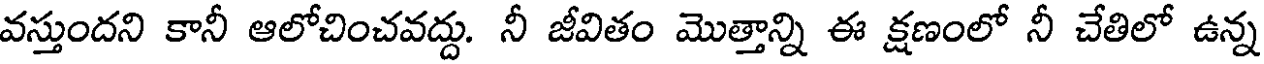
వస్తుందని కానీ ఆలోచించవద్దు. నీ జీవితం మొత్తాన్ని ఈ క్షణంలో నీ చేతిలో ఉన్న